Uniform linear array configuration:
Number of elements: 12
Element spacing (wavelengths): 0.75
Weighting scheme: hann
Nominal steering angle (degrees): -60
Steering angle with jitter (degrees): -61.307
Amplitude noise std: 0.05
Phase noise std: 0.05

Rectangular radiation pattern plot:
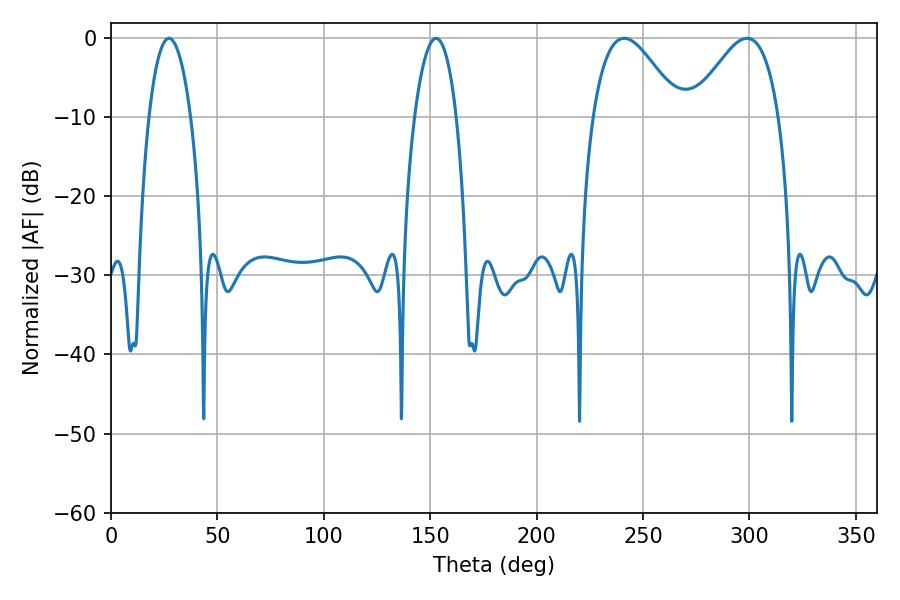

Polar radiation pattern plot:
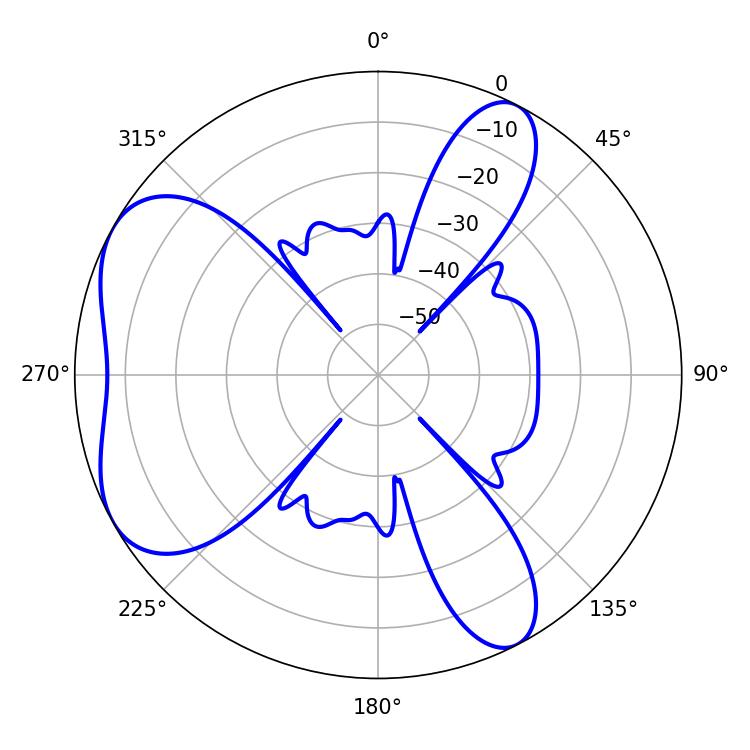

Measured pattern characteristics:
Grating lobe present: TRUE
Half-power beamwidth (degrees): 21.96
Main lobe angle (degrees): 241.2